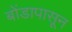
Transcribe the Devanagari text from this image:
बोंडापासून